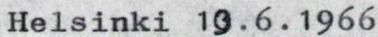
Helsinki 13.6.1966